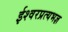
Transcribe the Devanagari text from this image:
ईश्वरप्रत्यभज्ञ